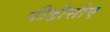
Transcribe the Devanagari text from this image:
पीडीसीए